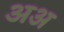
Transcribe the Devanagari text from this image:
अअ